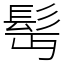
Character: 髩